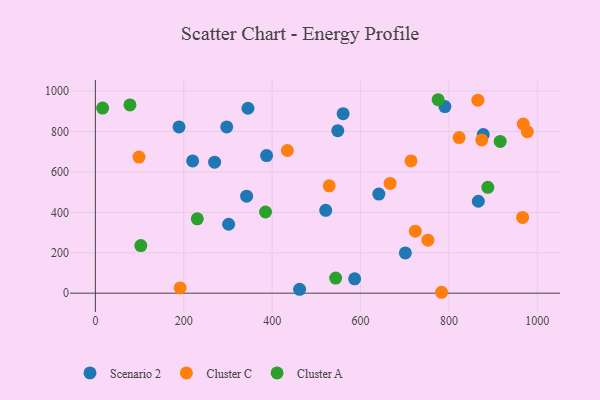
{"axis": {"x": "Engine Size", "y": "Salary"}, "legend": ["Cluster A", "Cluster C", "Scenario 2"], "data": [{"x": "521.2", "y": 409.8, "type": "Scenario 2"}, {"x": "269.8", "y": 648.2, "type": "Scenario 2"}, {"x": "297.2", "y": 822.5, "type": "Scenario 2"}, {"x": "301.5", "y": 341.1, "type": "Scenario 2"}, {"x": "790.9", "y": 923.2, "type": "Scenario 2"}, {"x": "189.3", "y": 822.9, "type": "Scenario 2"}, {"x": "641.4", "y": 490.3, "type": "Scenario 2"}, {"x": "220.1", "y": 654.2, "type": "Scenario 2"}, {"x": "586.6", "y": 71.2, "type": "Scenario 2"}, {"x": "560.6", "y": 888.4, "type": "Scenario 2"}, {"x": "462.1", "y": 18.8, "type": "Scenario 2"}, {"x": "387.4", "y": 680.9, "type": "Scenario 2"}, {"x": "345.2", "y": 915.2, "type": "Scenario 2"}, {"x": "866.5", "y": 454.9, "type": "Scenario 2"}, {"x": "701.4", "y": 199.1, "type": "Scenario 2"}, {"x": "548.5", "y": 804.3, "type": "Scenario 2"}, {"x": "877.6", "y": 784.8, "type": "Scenario 2"}, {"x": "342.2", "y": 479.9, "type": "Scenario 2"}, {"x": "714.2", "y": 654.6, "type": "Cluster C"}, {"x": "529.1", "y": 531.1, "type": "Cluster C"}, {"x": "783.3", "y": 4.4, "type": "Cluster C"}, {"x": "977.5", "y": 798.8, "type": "Cluster C"}, {"x": "434.4", "y": 706.0, "type": "Cluster C"}, {"x": "752.4", "y": 262.1, "type": "Cluster C"}, {"x": "191.8", "y": 25.9, "type": "Cluster C"}, {"x": "865.5", "y": 955.0, "type": "Cluster C"}, {"x": "968.2", "y": 836.9, "type": "Cluster C"}, {"x": "823.0", "y": 770.2, "type": "Cluster C"}, {"x": "966.7", "y": 374.7, "type": "Cluster C"}, {"x": "98.7", "y": 673.3, "type": "Cluster C"}, {"x": "666.9", "y": 543.3, "type": "Cluster C"}, {"x": "874.2", "y": 758.4, "type": "Cluster C"}, {"x": "723.9", "y": 306.7, "type": "Cluster C"}, {"x": "16.4", "y": 916.0, "type": "Cluster A"}, {"x": "385.0", "y": 401.6, "type": "Cluster A"}, {"x": "888.0", "y": 524.0, "type": "Cluster A"}, {"x": "102.8", "y": 235.5, "type": "Cluster A"}, {"x": "775.6", "y": 957.3, "type": "Cluster A"}, {"x": "916.0", "y": 750.9, "type": "Cluster A"}, {"x": "78.2", "y": 931.5, "type": "Cluster A"}, {"x": "543.7", "y": 74.7, "type": "Cluster A"}, {"x": "230.6", "y": 367.7, "type": "Cluster A"}]}